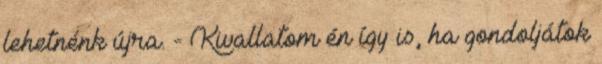
lehetnénk újra. - Kivallatom én így is, ha gondoljátok